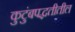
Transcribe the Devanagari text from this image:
कुटुंबपद्धतीतील